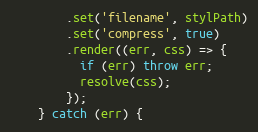
Language: JavaScript
        .set('filename', stylPath)
        .set('compress', true)
        .render((err, css) => {
          if (err) throw err;
          resolve(css);
        });
    } catch (err) {